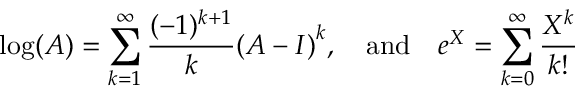
\log ( A ) = \sum _ { k = 1 } ^ { \infty } { \frac { ( - 1 ) ^ { k + 1 } } { k } } { ( A - I ) } ^ { k } , \quad { \mathrm { a n d } } \quad e ^ { X } = \sum _ { k = 0 } ^ { \infty } { \frac { X ^ { k } } { k ! } }